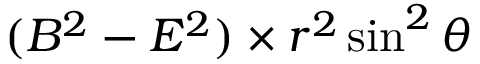
( B ^ { 2 } - E ^ { 2 } ) \times r ^ { 2 } \sin ^ { 2 } \theta